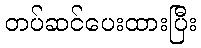
တပ်ဆင်ပေးထားပြီး